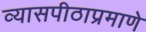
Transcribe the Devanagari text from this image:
व्यासपीठाप्रमाणे